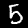
Label: 5